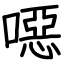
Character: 噁